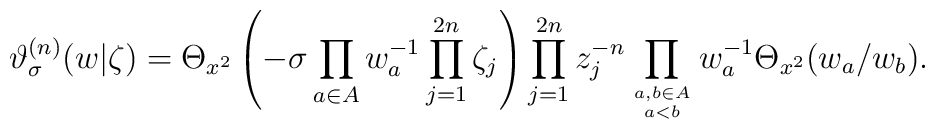
\vartheta^{(n)}_\sigma (w|\zeta )=\Theta_{x^2} \left( -\sigma \prod_{a\in A} w_a^{-1} \prod_{j=1}^{2n}\zeta_j \right) \prod_{j=1}^{2n}z_j^{-n} \prod_{a,b\in A\atop a<b} w_a^{-1} \Theta_{x^2} (w_a /w_b ).